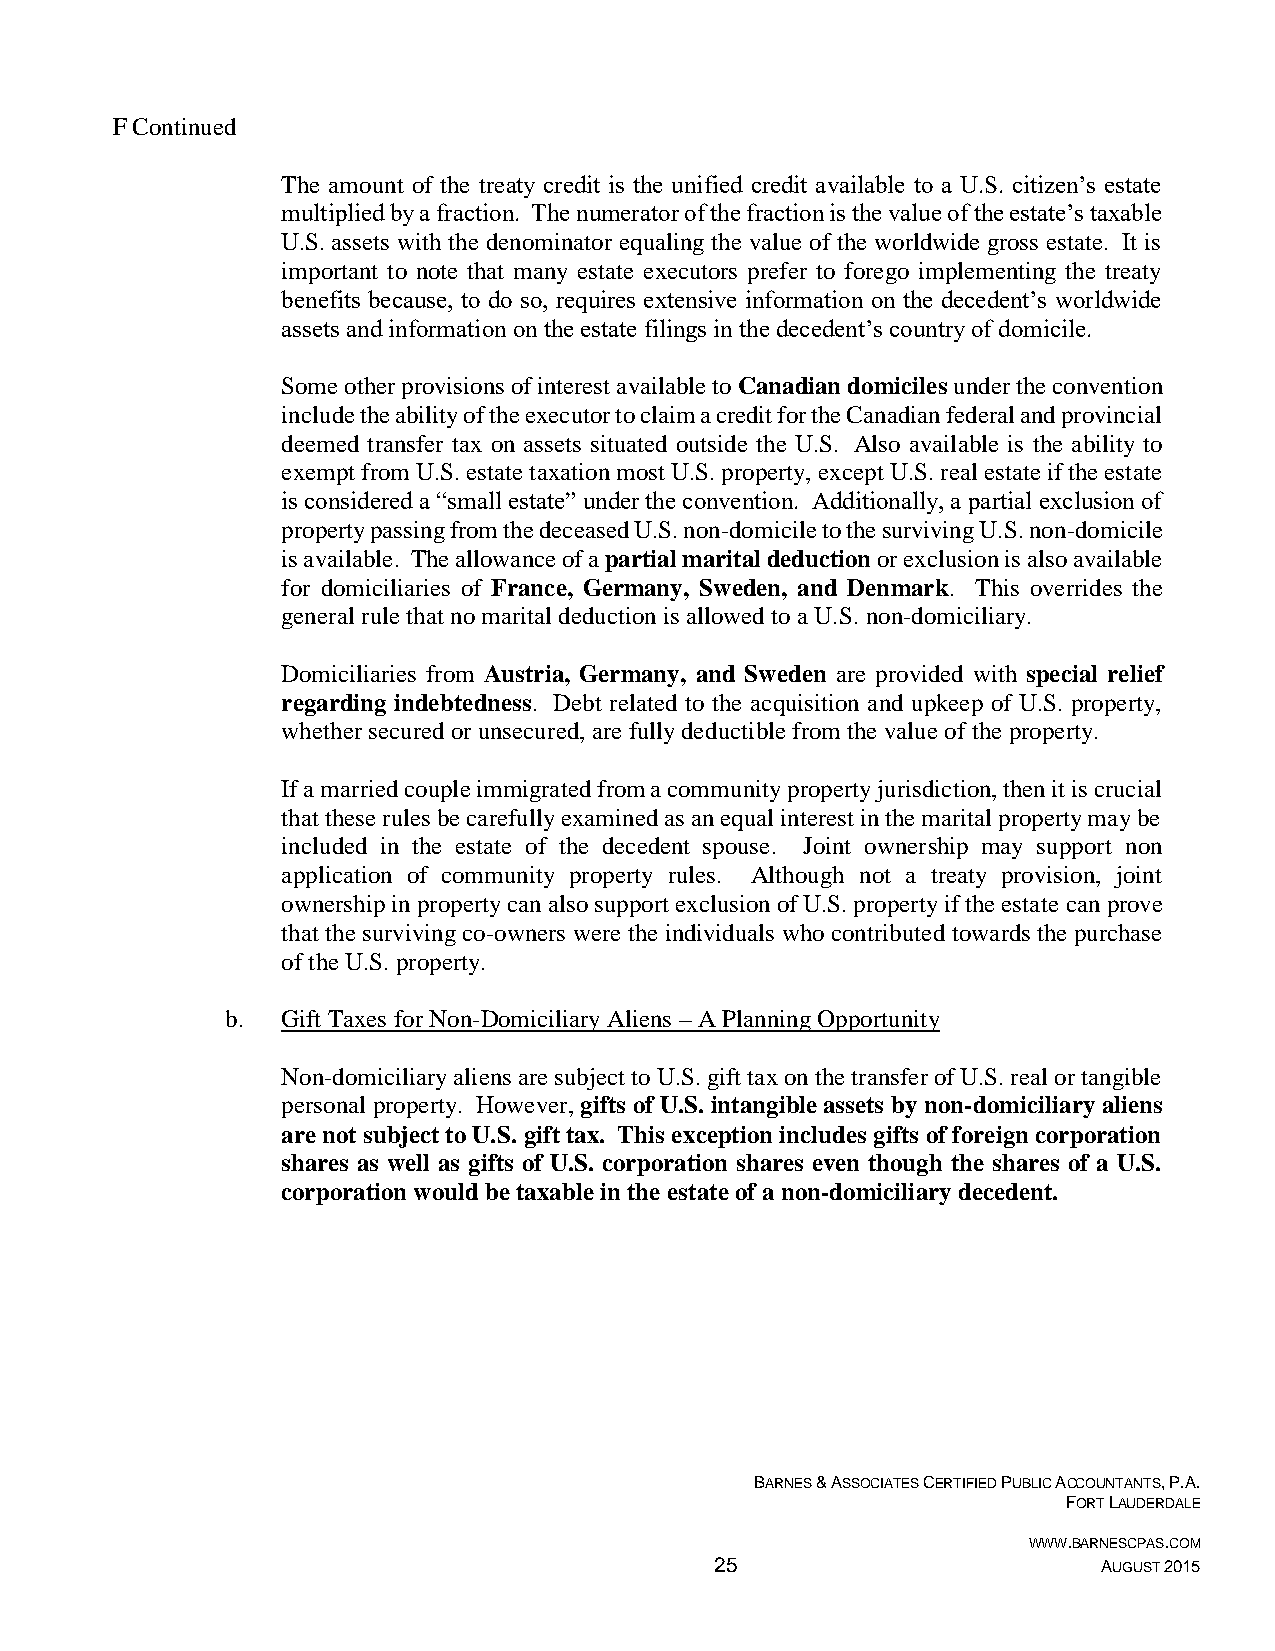
F Continued
 The amount of the treaty credit is the unified credit available to a U.S. citizen’s estate
 multiplied by a fraction. The numerator of the fraction is the value of the estate’s taxable
 U.S. assets with the denominator equaling the value of the worldwide gross estate. It is
 important to note that many estate executors prefer to forego implementing the treaty
 benefits because, to do so, requires extensive information on the decedent’s worldwide
 assets and information on the estate filings in the decedent’s country of domicile.
 Some other provisions of interest available to Canadian domiciles under the convention
 include the ability of the executor to claim a credit for the Canadian federal and provincial
 deemed transfer tax on assets situated outside the U.S. Also available is the ability to
 exempt from U.S. estate taxation most U.S. property, except U.S. real estate if the estate
 is considered a “small estate” under the convention. Additionally, a partial exclusion of
 property passing from the deceased U.S. non-domicile to the surviving U.S. non-domicile
 is available. The allowance of a partial marital deduction or exclusion is also available
 for domiciliaries of France, Germany, Sweden, and Denmark. This overrides the
 general rule that no marital deduction is allowed to a U.S. non-domiciliary.
 Domiciliaries from Austria, Germany, and Sweden are provided with special relief
 regarding indebtedness. Debt related to the acquisition and upkeep of U.S. property,
 whether secured or unsecured, are fully deductible from the value of the property.
 If a married couple immigrated from a community property jurisdiction, then it is crucial
 that these rules be carefully examined as an equal interest in the marital property may be
 included in the estate of the decedent spouse. Joint ownership may support non
 application of community property rules. Although not a treaty provision, joint
 ownership in property can also support exclusion of U.S. property if the estate can prove
 that the surviving co-owners were the individuals who contributed towards the purchase
 of the U.S. property.
 b.  Gift Taxes for Non-Domiciliary Aliens – A Planning Opportunity
 Non-domiciliary aliens are subject to U.S. gift tax on the transfer of U.S. real or tangible
 personal property. However, gifts of U.S. intangible assets by non-domiciliary aliens
 are not subject to U.S. gift tax. This exception includes gifts of foreign corporation
 shares as well as gifts of U.S. corporation shares even though the shares of a U.S.
 corporation would be taxable in the estate of a non-domiciliary decedent.
 BARNES & ASSOCIATES CERTIFIED PUBLIC ACCOUNTANTS, P.A.
 FORT LAUDERDALE
 WWW.BARNESCPAS.COM
 25                        AUGUST 2015